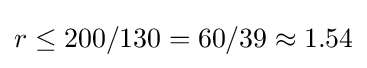
r\leq 200/130=60/39\approx 1.54